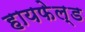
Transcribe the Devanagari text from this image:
हायफेल्ड